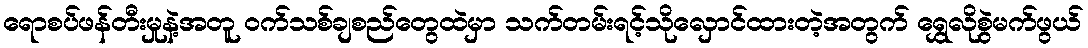
ရောစပ်ဖန်တီးမှုနဲ့အတူ ဝက်သစ်ချစည်တွေထဲမှာ သက်တမ်းရင့်သိုလှောင်ထားတဲ့အတွက် ရွှေလိုစွဲမက်ဖွယ်